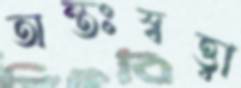
অন্তঃস্বত্ত্বা